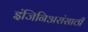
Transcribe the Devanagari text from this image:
इंजिनिअरांसाठी